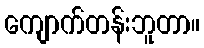
ကျောက်တန်းဘူတာ။